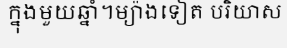
ក្នុងមួយឆ្នាំ។ម្យ៉ាងទៀត បរិយាស